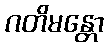
ဂတိမန္တော